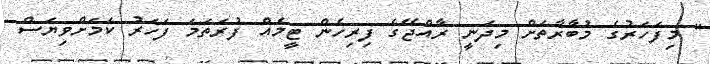
" މިފަހަރުގެ މުބާރާތަށް މިދަނީ ރާއްޖޭގެ ފިރިހެން ޓީމެއް ފުރަތަމަ ފަހަރު ކަމަށްވިޔަސް